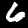
Label: 6